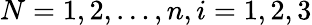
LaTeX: N=1,2,\ldots,n,i=1,2,3